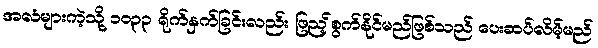
အလံများကဲ့သို့ ၁၀၃၃ ရိုက်နှက်ခြင်းလည်း ဖြည့်စွက်နိုင်မည်ဖြစ်သည် ပေးဆပ်လိမ့်မည်